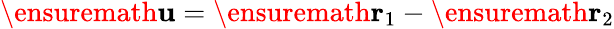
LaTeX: \ensuremath{\mathbf{u}}=\ensuremath{\mathbf{r}}_{1}-\ensuremath{\mathbf{r}}_{2}